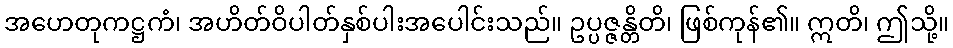
အဟေတုကဋ္ဌကံ၊ အဟိတ်ဝိပါတ်နှစ်ပါးအပေါင်းသည်။ ဥပ္ပဇ္ဇန္တိတိ၊ ဖြစ်ကုန်၏။ ဣတိ၊ ဤသို့။